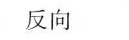
反向